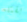
بقتله